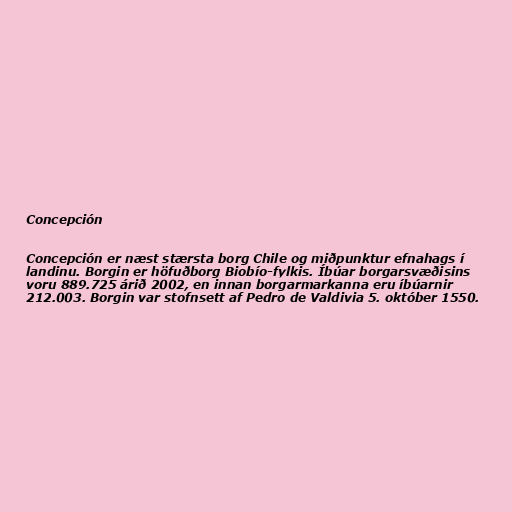
Concepción

Concepción er næst stærsta borg Chile og miðpunktur efnahags í
landinu. Borgin er höfuðborg Biobío-fylkis. Íbúar borgarsvæðisins
voru 889.725 árið 2002, en innan borgarmarkanna eru íbúarnir
212.003. Borgin var stofnsett af Pedro de Valdivia 5. október 1550.